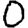
Digit: 0